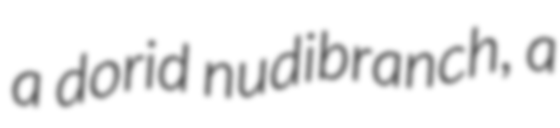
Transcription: a dorid nudibranch, a